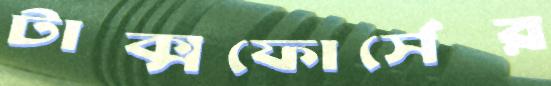
টাক্সফোর্সের